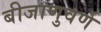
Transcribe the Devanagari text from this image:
बीजाणुवर्ण